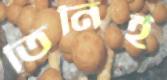
তিনিই